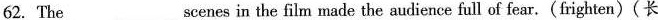
62. The ___scenes in the film made the audience full of fear.(frighten)(长